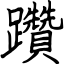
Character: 躦